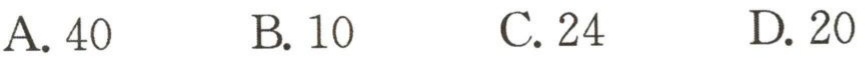
A. 40  B. 10  C. 24  D. 20